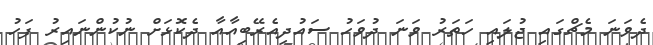
ދެވަނަ މެޗްގައި ޖުލައި ހަތަރު ވަނަ ދުވަހު ސައުދިއެރޭބިއާއާ ދެކޮޅަށް ނުކުންނައިރު ފަހު